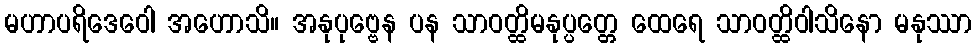
မဟာပရိဒေဝေါ အဟောသိ။ အနုပုဗ္ဗေန ပန သာဝတ္ထိမနုပ္ပတ္တေ ထေရေ သာဝတ္ထိဝါသိနော မနုဿာ